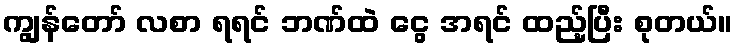
ကျွန်တော် လစာ ရရင် ဘဏ်ထဲ ငွေ အရင် ထည့်ပြီး စုတယ်။